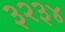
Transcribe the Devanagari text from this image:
३२३४